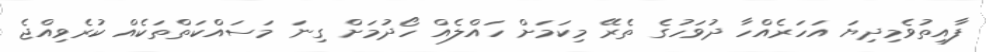
ފާއިތުވެމިދިޔަ އަހަރެއްހާ ދުވަހުގެ ތެރޭ މިކަމަށް ހައްލެއް ހޯދުމަށް ގިނަ މަސައްކަތްތަކެއް ކުރެވިއްޖެ